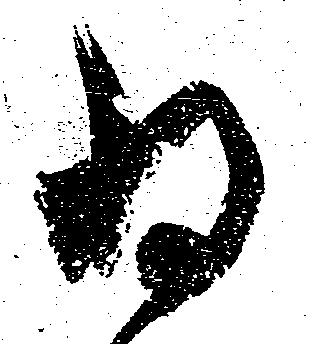
為